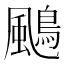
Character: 𩘲